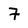
Character: 7